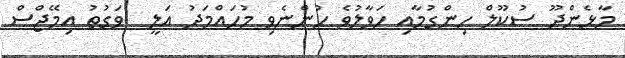
މާޅެންދޫ ސުކޫލް ހިންގުމާއި ހަވާލުވެ ހުންނެވި މުހައްމަދު އަލީ  ވަގުތު އިމޭޖްސް